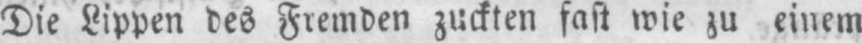
Die Lippen des Fremden zuckten fast wie zu einem